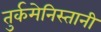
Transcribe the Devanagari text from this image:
तुर्कमेनिस्तानी